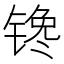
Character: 𰾠